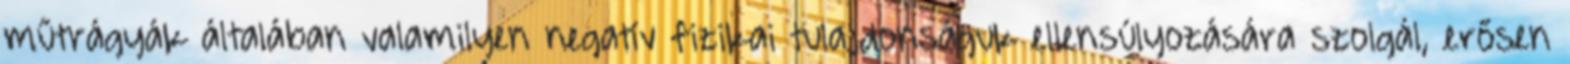
műtrágyák általában valamilyen negatív fizikai tulajdonságuk ellensúlyozására szolgál, erősen